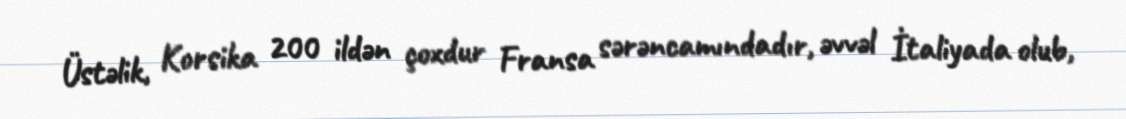
Üstəlik, Korsika 200 ildən çoxdur Fransa sərəncamındadır, əvvəl İtaliyada olub,